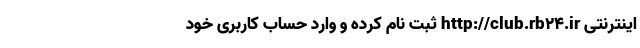
اینترنتی http://club.rb24.ir ثبت ‌نام کرده و وارد حساب کاربری خود